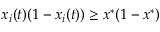
x _ { i } ( t ) ( 1 - x _ { i } ( t ) ) \geq x ^ { * } ( 1 - x ^ { * } )